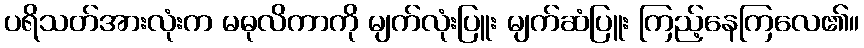
ပရိသတ်အားလုံးက မဓုလိကာကို မျက်လုံးပြူး မျက်ဆံပြူး ကြည့်နေကြလေ၏။